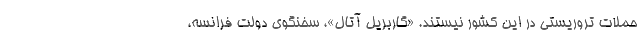
حملات تروریستی در این کشور نیستند. «گاربریل آتال»، سخنگوی دولت فرانسه،